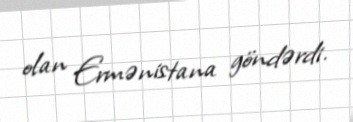
olan Ermənistana göndərdi.